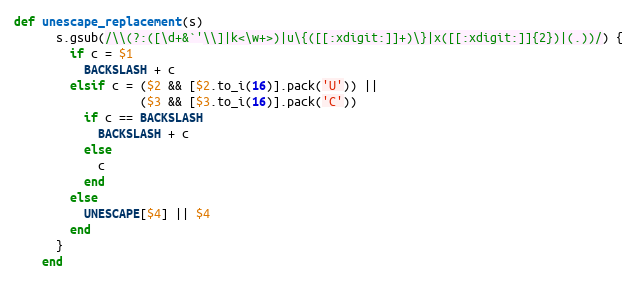
Language: Ruby
def unescape_replacement(s)
      s.gsub(/\\(?:([\d+&`'\\]|k<\w+>)|u\{([[:xdigit:]]+)\}|x([[:xdigit:]]{2})|(.))/) {
        if c = $1
          BACKSLASH + c
        elsif c = ($2 && [$2.to_i(16)].pack('U')) ||
                  ($3 && [$3.to_i(16)].pack('C'))
          if c == BACKSLASH
            BACKSLASH + c
          else
            c
          end
        else
          UNESCAPE[$4] || $4
        end
      }
    end